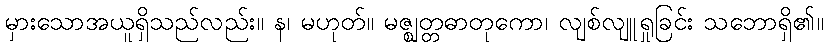
မှားသောအယူရှိသည်လည်း။ န၊ မဟုတ်။ မဇ္ဈတ္တဓာတုကော၊ လျစ်လျူရှုခြင်း သဘောရှိ၏။